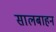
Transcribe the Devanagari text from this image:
सालबाहन